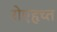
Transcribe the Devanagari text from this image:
रोएहृच्त